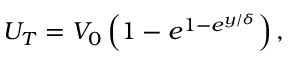
\begin{array} { r } { U _ { T } = V _ { 0 } \left( 1 - e ^ { 1 - e ^ { y / \delta } } \right) , } \end{array}